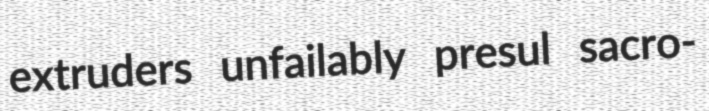
extruders unfailably presul sacro-